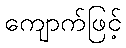
ကျောက်ဖြင့်